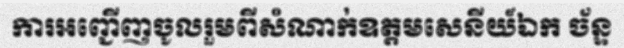
ការអញ្ជើញចូលរួមពីសំណាក់ឧត្តមសេនីយ៍ឯក ច័ន្ទ